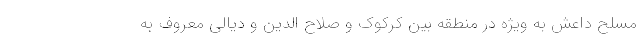
مسلح داعش به ویژه در منطقه بین کرکوک و صلاح الدین و دیالی معروف به